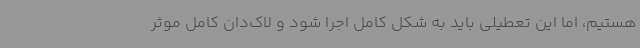
هستیم، اما این تعطیلی باید به شکل کامل اجرا شود و لاک‌دان کامل موثر